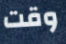
وقت